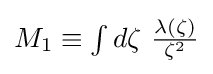
{\textstyle M_{1}\equiv \int d\zeta \ {\frac {\lambda (\zeta )}{\zeta ^{2}}}}